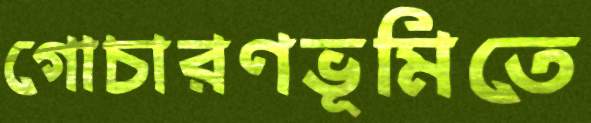
গোচারণভূমিতে